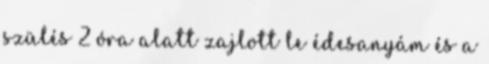
szülés 2 óra alatt zajlott le édesanyám és a